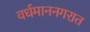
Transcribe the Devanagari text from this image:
वर्धमाननगरात